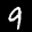
Label: 9